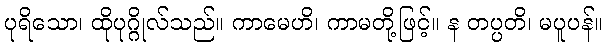
ပုရိသော၊ ထိုပုဂ္ဂိုလ်သည်။ ကာမေဟိ၊ ကာမတို့ဖြင့်။ န တပ္ပတိ၊ မပူပန်။